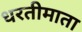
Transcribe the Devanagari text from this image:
धरतीमाता